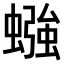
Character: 𫋙